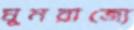
ঘুমরাজ্যে